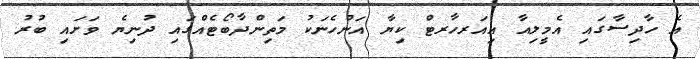
އެ ހާދިސާގައި އެމީލިއާ އިއަރހާރޓް ކިޔާ އަންހެނަކު މަތިންދާބޯޓެއްގައި ދުނިޔެ ވަށައި ބުރު